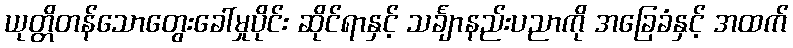
ယုတ္တိတန်သောတွေးခေါ်မှုပိုင်း ဆိုင်ရာနှင့် သင်္ချာနည်းပညာကို အခြေခံနှင့် အထက်